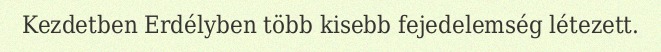
Kezdetben Erdélyben több kisebb fejedelemség létezett.